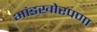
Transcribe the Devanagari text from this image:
भांडखोरपणा